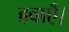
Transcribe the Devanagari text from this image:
हवाएँ।